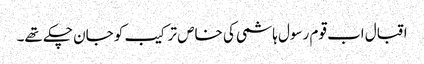
اقبال اب قوم رسول ہاشمی کی خاص ترکیب کو جان چکے تھے۔